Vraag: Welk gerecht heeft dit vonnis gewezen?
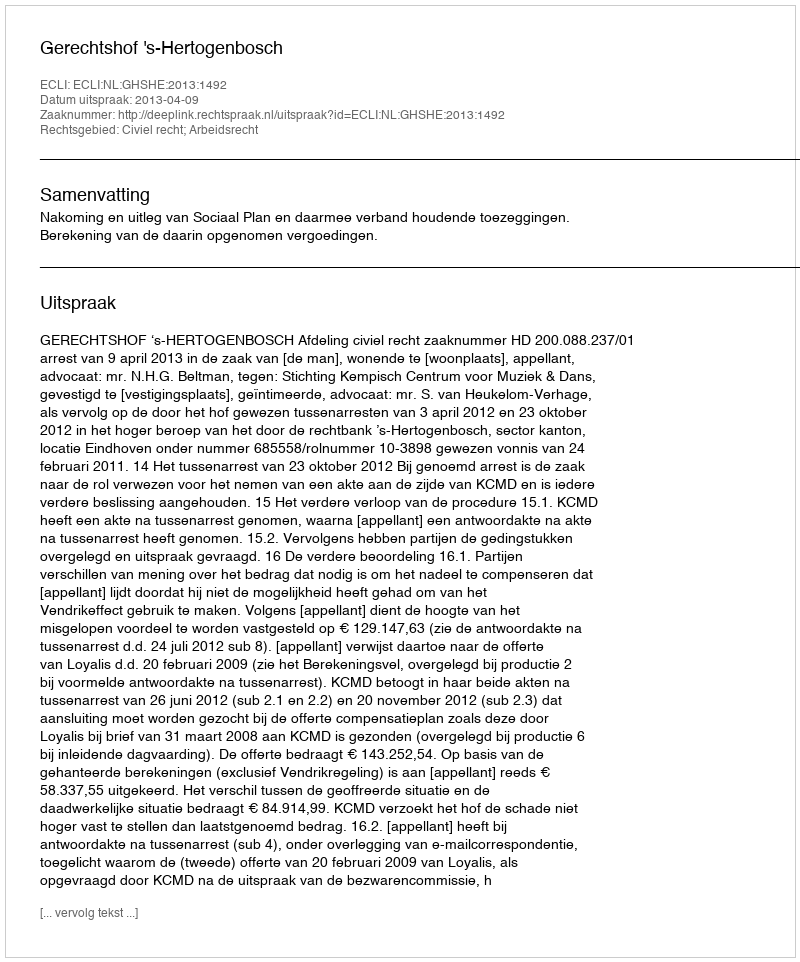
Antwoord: Gerechtshof 's-Hertogenbosch